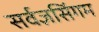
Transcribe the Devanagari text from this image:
सर्वज्ञसिंगम